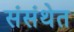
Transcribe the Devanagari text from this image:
संसंथेत